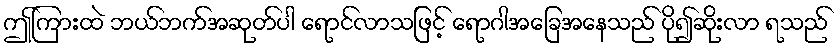
ဤကြားထဲ ဘယ်ဘက်အဆုတ်ပါ ရောင်လာသဖြင့် ရောဂါအခြေအနေသည် ပို၍ဆိုးလာ ရသည်